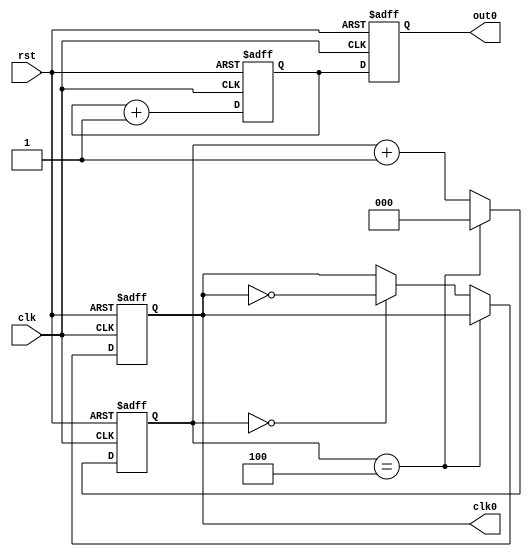
module cnt10 (
    rst,
    clk,
    out0,
    clk0
);

  input rst, clk;
  output clk0;
  output [3:0] out0;
  reg out_clk;
  reg [2:0] tmp2;
  reg [3:0] out0, tmp;

  always @(posedge clk or negedge rst) begin
    if (!rst) begin
      out0 <= 4'b0000;
      tmp  <= 4'b0000;
    end else begin
      tmp  <= tmp + 1;
      out0 <= tmp;
    end
  end

  always @(posedge clk or negedge rst) begin
    if (!rst) begin
      out_clk <= 0;
      tmp2 <= 0;
    end else begin
      tmp2 <= tmp2 + 1;
      if (tmp2 == 4) tmp2 <= 0;
      else if (tmp2 == 0) out_clk <= ~out_clk;
    end
  end

  assign clk0 = out_clk;

endmodule